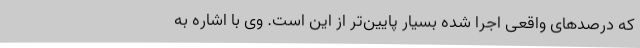
که درصدهای واقعی اجرا شده بسیار پایین‌تر از این است. وی با اشاره به